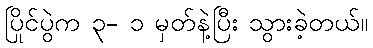
ပြိုင်ပွဲက ၃- ၁ မှတ်နဲ့ပြီး သွားခဲ့တယ်။